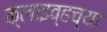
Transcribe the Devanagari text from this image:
क्लाइव्हच्या